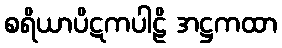
စရိယာပိဋကပါဠိ အဋ္ဌကထာ